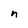
Character: n